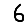
Digit: 6